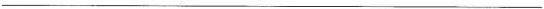
___